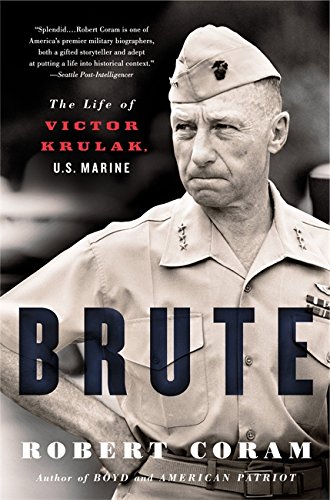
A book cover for Brute: The Life of Victor Krulak, U.S. Marine; Robert Coram; History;